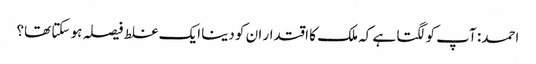
احمد: آپ کو لگتا ہے کہ ملک کا اقتدار ان کو دینا ایک غلط فیصلہ ہو سکتا تھا؟